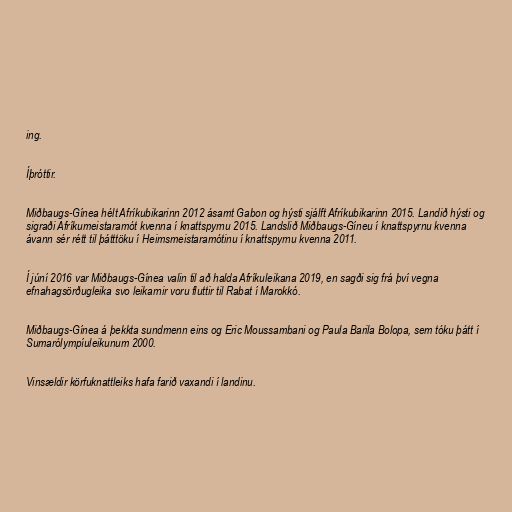
ing.

Íþróttir.

Miðbaugs-Gínea hélt Afríkubikarinn 2012 ásamt Gabon og hýsti sjálft Afríkubikarinn 2015. Landið hýsti og
sigraði Afríkumeistaramót kvenna í knattspyrnu 2015. Landslið Miðbaugs-Gíneu í knattspyrnu kvenna
ávann sér rétt til þátttöku í Heimsmeistaramótinu í knattspyrnu kvenna 2011.

Í júní 2016 var Miðbaugs-Gínea valin til að halda Afríkuleikana 2019, en sagði sig frá því vegna
efnahagsörðugleika svo leikarnir voru fluttir til Rabat í Marokkó.

Miðbaugs-Gínea á þekkta sundmenn eins og Eric Moussambani og Paula Barila Bolopa, sem tóku þátt í
Sumarólympíuleikunum 2000.

Vinsældir körfuknattleiks hafa farið vaxandi í landinu.